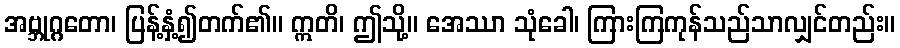
အဗ္ဘုဂ္ဂတော၊ ပြန့်နှံ့၍တက်၏။ ဣတိ၊ ဤသို့။ အေဿာ သုံခေါ၊ ကြားကြကုန်သည်သာလျှင်တည်း။